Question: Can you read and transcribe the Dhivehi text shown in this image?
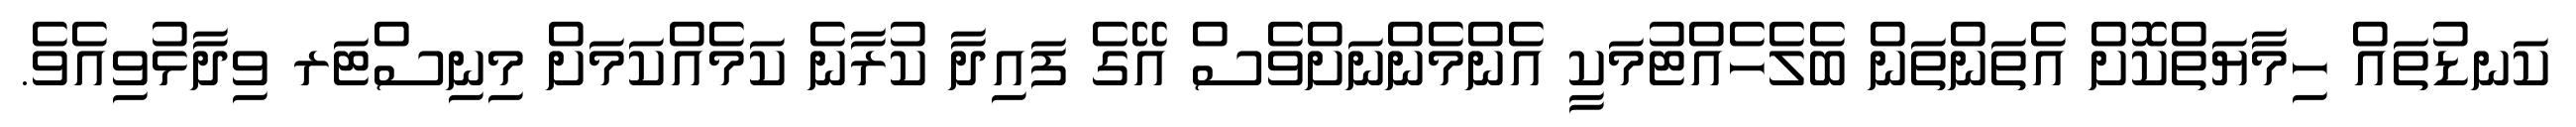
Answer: ކަނޑުތައް ހިމާޔަތްކޮށް އެތަންތަން ބެލެހެއްޓުމަކީ އެންމެންނަށްވެސް އޭގެ ފައިދާ ކުރާނެ ކަމެއްކަމަށް މިނިސްޓަރ ވިދާޅުވިއެވެ.